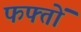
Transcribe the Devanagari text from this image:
फफ्तों